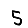
Digit: 5